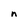
Character: n